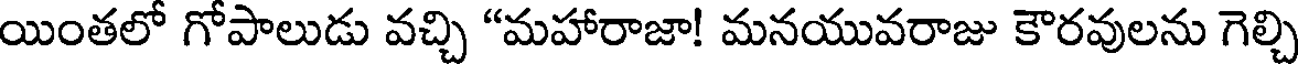
యింతలో గోపాలుడు వచ్చి "మహారాజా! మనయువరాజు కౌరవులను గెల్చి